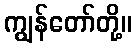
ကျွန်တော်တို့။